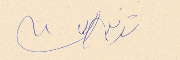
توفيق الباشا